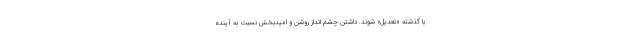
با گذشته «تعدیل» شوند. داشتن چشم انداز روشن و امیدبخش نسبت به آینده